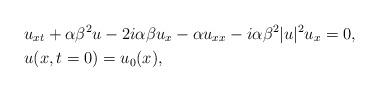
LaTeX: \begin{align*}&u_{xt}+\alpha\beta^2u-2i\alpha\beta u_x-\alpha u_{xx}-i\alpha\beta^2|u|^2u_x=0, \\&u(x,t=0)=u_0(x), \end{align*}